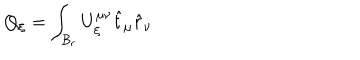
Q _ { \xi } = \int _ { { \cal { B } } _ { r } } U _ { \xi } ^ { \mu \nu } \hat { t } _ { \mu } \hat { r } _ { \nu }